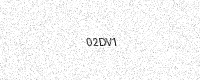
Text: 02DV1